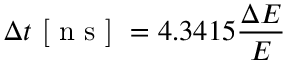
\Delta t \textrm { [ n s ] } = 4 . 3 4 1 5 \frac { \Delta E } { E }